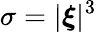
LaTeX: \sigma=|\boldsymbol{\xi}|^{3}